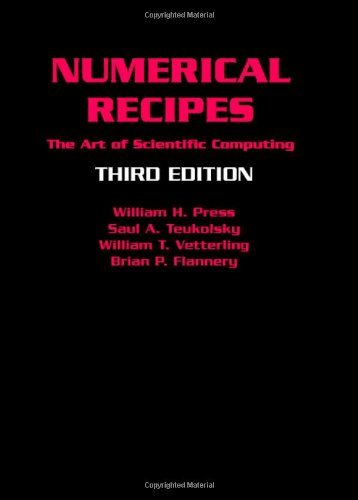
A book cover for Numerical Recipes 3rd Edition: The Art of Scientific Computing; William H. Press; Computers & Technology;